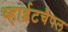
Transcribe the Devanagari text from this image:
व्हाईटचैपल